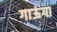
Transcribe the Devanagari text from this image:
गाऊंगा